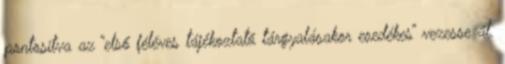
pontosítva az “első féléves tájékoztató tárgyalásakor esedékes” vezesse át.